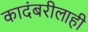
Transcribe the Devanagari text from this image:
कादंबरीलाही